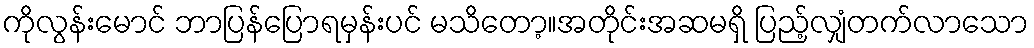
ကိုလွန်းမောင် ဘာပြန်ပြောရမှန်းပင် မသိတော့။အတိုင်းအဆမရှိ ပြည့်လျှံတက်လာသော